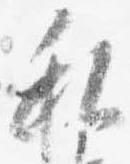
私